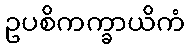
ဥပစိကက္ခာယိကံ